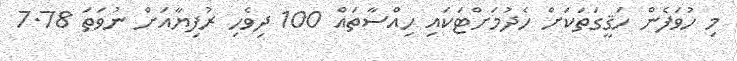
މި ހުވަފެން ހަޤީގަތަކަށް ހެދުމަށްޓަކައި ހިއްސާތައް 100 ދިވެހި ރުފިޔާއަށް ނުވަތަ 7.78